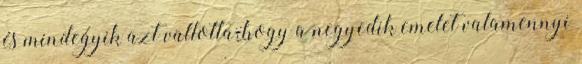
és mindegyik azt vallotta, hogy a negyedik emelet valamennyi